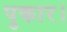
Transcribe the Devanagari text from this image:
पुकार।